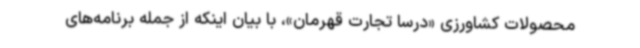
محصولات کشاورزی «درسا تجارت قهرمان»، با بیان اینکه از جمله برنامه‌های